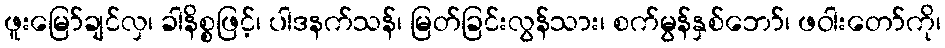
ဖူးမြော်ချင်လှ၊ ခါနိစ္စဖြင့်၊ ပါဒနက်သန်၊ မြတ်ခြင်းလွန်သား၊ စက်မွန်နှစ်ဘော်၊ ဖဝါးတော်ကို၊